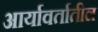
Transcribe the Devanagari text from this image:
आर्यावर्तातील